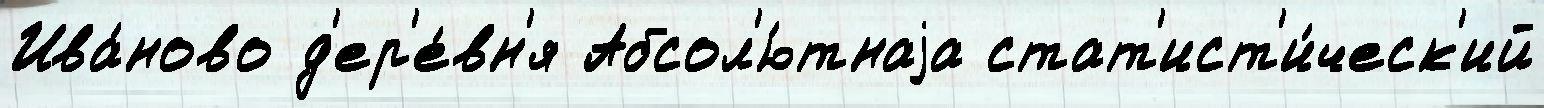
Ива́ново д'ер'е́вн'я Абсол'ю́тнаjа стат'ист'и́ческ'ий